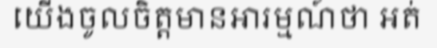
យើងចូលចិត្តមានអារម្មណ៍ថា អត់